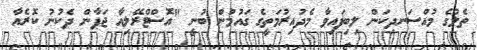
ތެލުގެ މުއްސަނދިކަން ލިބިފައިވާ މެދުއިރުމަތީގެ ގައުމުން ބުނީ "އޮސްޓްރޭލިއާ ޖަޕާން ދެކުނު ކޮރެއާ